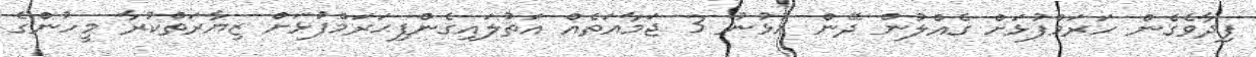
ފިދާވެގެން ހަރަމްފުޅަށް ގެއްލުން ދޭން އުޅުނު 3 ޖަމާއަތެއް އަތުލައިގެންފިޙަރަމްފުޅަށް ޒިޔާރަތްކުރާ މީހުންގެ